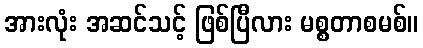
အားလုံး အဆင်သင့် ဖြစ်ပြီလား မစ္စတာစမစ်။